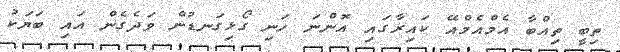
ތިބީ ތިއްބާ އެމްއެމްއޭ ކައިރާގައި އޮންނަ ހަނި ގޯޅިގަނޑުން ވަދެގެން އައި ބަޔަކު